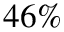
4 6 \%